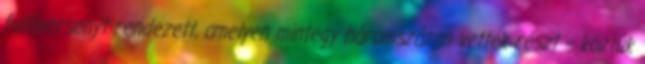
futóversenyt rendezett, amelyen mintegy háromszázan vettek részt – köztük